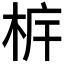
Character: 𣐼